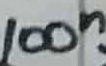
Text: 100n